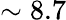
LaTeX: \sim 8.7